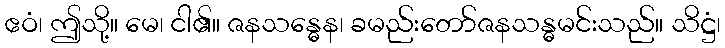
ဧဝံ၊ ဤသို့။ မေ၊ ငါ၏။ ဇနသန္ဓေန၊ ခမည်းတော်ဇနသန္ဓမင်းသည်။ သိဋ္ဌံ၊